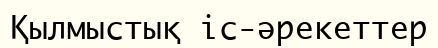
Қылмыстық іс-әрекеттер